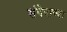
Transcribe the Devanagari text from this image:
संवेदाच्या